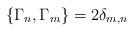
LaTeX: \begin{align*}\{ \Gamma_{n}, \Gamma_{m} \} = 2 \delta_{m,n}\end{align*}